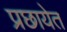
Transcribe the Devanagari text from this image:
प्रछायेत